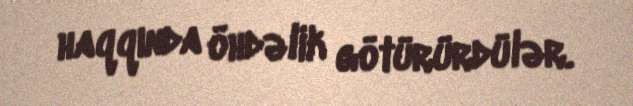
haqqında öhdəlik götürürdülər.